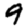
Digit: 9